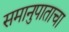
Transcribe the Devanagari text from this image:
समानुपाताचा